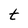
Character: t